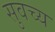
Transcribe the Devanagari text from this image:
सुवच्य